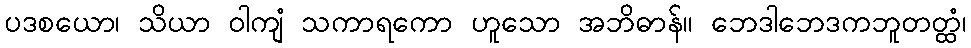
ပဒစယော၊ သိယာ ဝါကျံ သကာရကော ဟူသော အဘိဓာန်။ ဘေဒါဘေဒကဘူတတ္ထံ၊